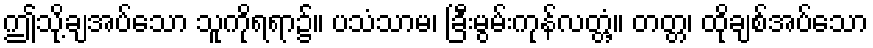
ဤသို့ချအပ်သော သူကိုရရာ၌။ ပသံသာမ၊ ခြီးမွမ်းကုန်လတ္တံ့။ တတ္တ၊ ထိုချစ်အပ်သော